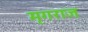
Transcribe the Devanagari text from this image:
मृगराज